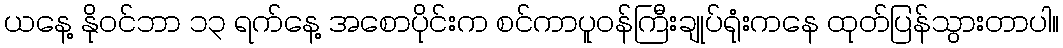
ယနေ့ နိုဝင်ဘာ ၁၃ ရက်နေ့ အစောပိုင်းက စင်ကာပူဝန်ကြီးချုပ်ရုံးကနေ ထုတ်ပြန်သွားတာပါ။